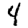
Digit: 4